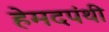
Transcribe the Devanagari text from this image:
हेमदपंथी